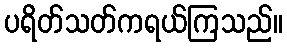
ပရိတ်သတ်ကရယ်ကြသည်။